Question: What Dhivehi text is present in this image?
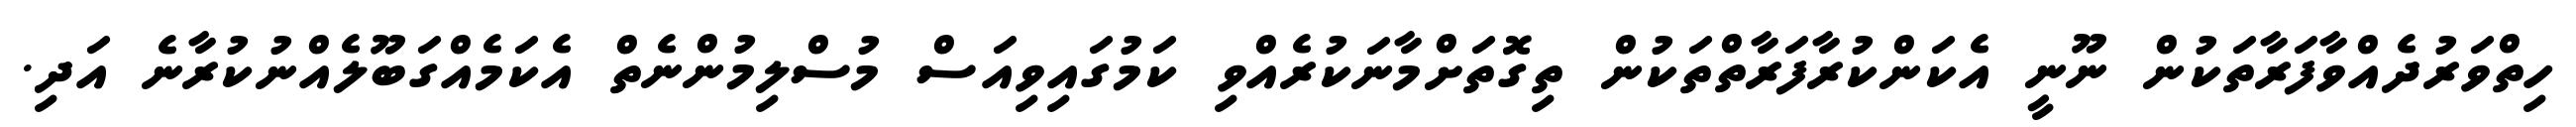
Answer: ހިތްވަރުދެއްވާފަރާތަކުން ނޫނީ އެކަންކުރާފަރާތްތަކުން ތިގޮތަށްމާނަކުރެއްވި ކަމުގައިވިއަސް މުސްލިމުންނެތް އެކަމެއްގަބޫލެއްނުކުރާނެ އަދި.